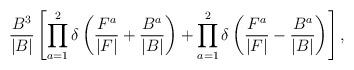
LaTeX: \begin{align*}\frac{B^3}{|B|} \left[ \prod_{a=1}^{2} \delta \left( \frac{F^a}{|F|} + \frac{B^a}{|B|} \right)+ \prod_{a=1}^{2}\delta \left( \frac{F^a}{|F|} - \frac{B^a}{|B|} \right) \right], \end{align*}